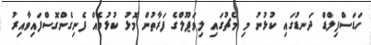
ހަޑަސްފިލްޑް ދަނޑުގައި ކުޅުނު މި މެޗުގައި ލިވަޕޫލްގެ ފަރާތުން މޮޅު ކުޅުމެއް ފެނިގެންގޮސްފައިވާއިރު